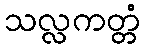
သလ္လကတ္တံ